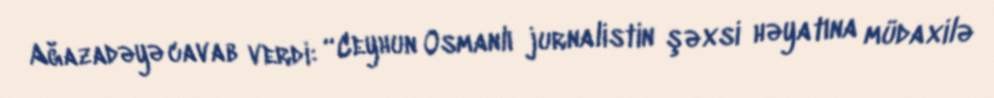
Ağazadəyə cavab verdi: “Ceyhun Osmanlı jurnalistin şəxsi həyatına müdaxilə